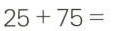
25+75=